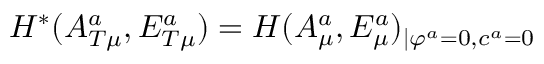
{ \cal H } ^ { * } ( A _ { T \mu } ^ { a } , E _ { T \mu } ^ { a } ) = { \cal H } ( A _ { \mu } ^ { a } , E _ { \mu } ^ { a } ) _ { \mid \varphi ^ { a } = 0 , c ^ { a } = 0 }